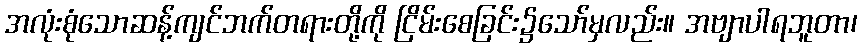
အလုံးစုံသောဆန့်ကျင်ဘက်တရားတို့ကို ငြိမ်းစေခြင်း၌သော်မှလည်း။ အဗျာပါရဘူတာ၊